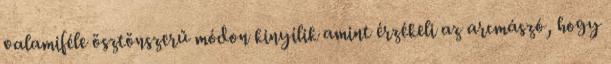
valamiféle ösztönszerű módon kinyílik amint érzékeli az arcmászó, hogy